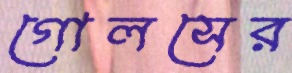
গোলসের